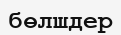
бөлшдер